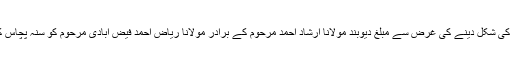
اور اسے مستحکم کرنے اور اسے باقاعدہ دارالعلوم کی شکل دینے کی غرض سے مبلغ دیوبند مولانا ارشاد احمد مرحوم کے برادر مولانا ریاض احمد فیض آبادی مرحوم کو سنہ پچاس کی دہائی میں حضرت حکیم الاسلام ؒ نے بھیجا تھا ۔